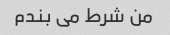
من شرط می بندم